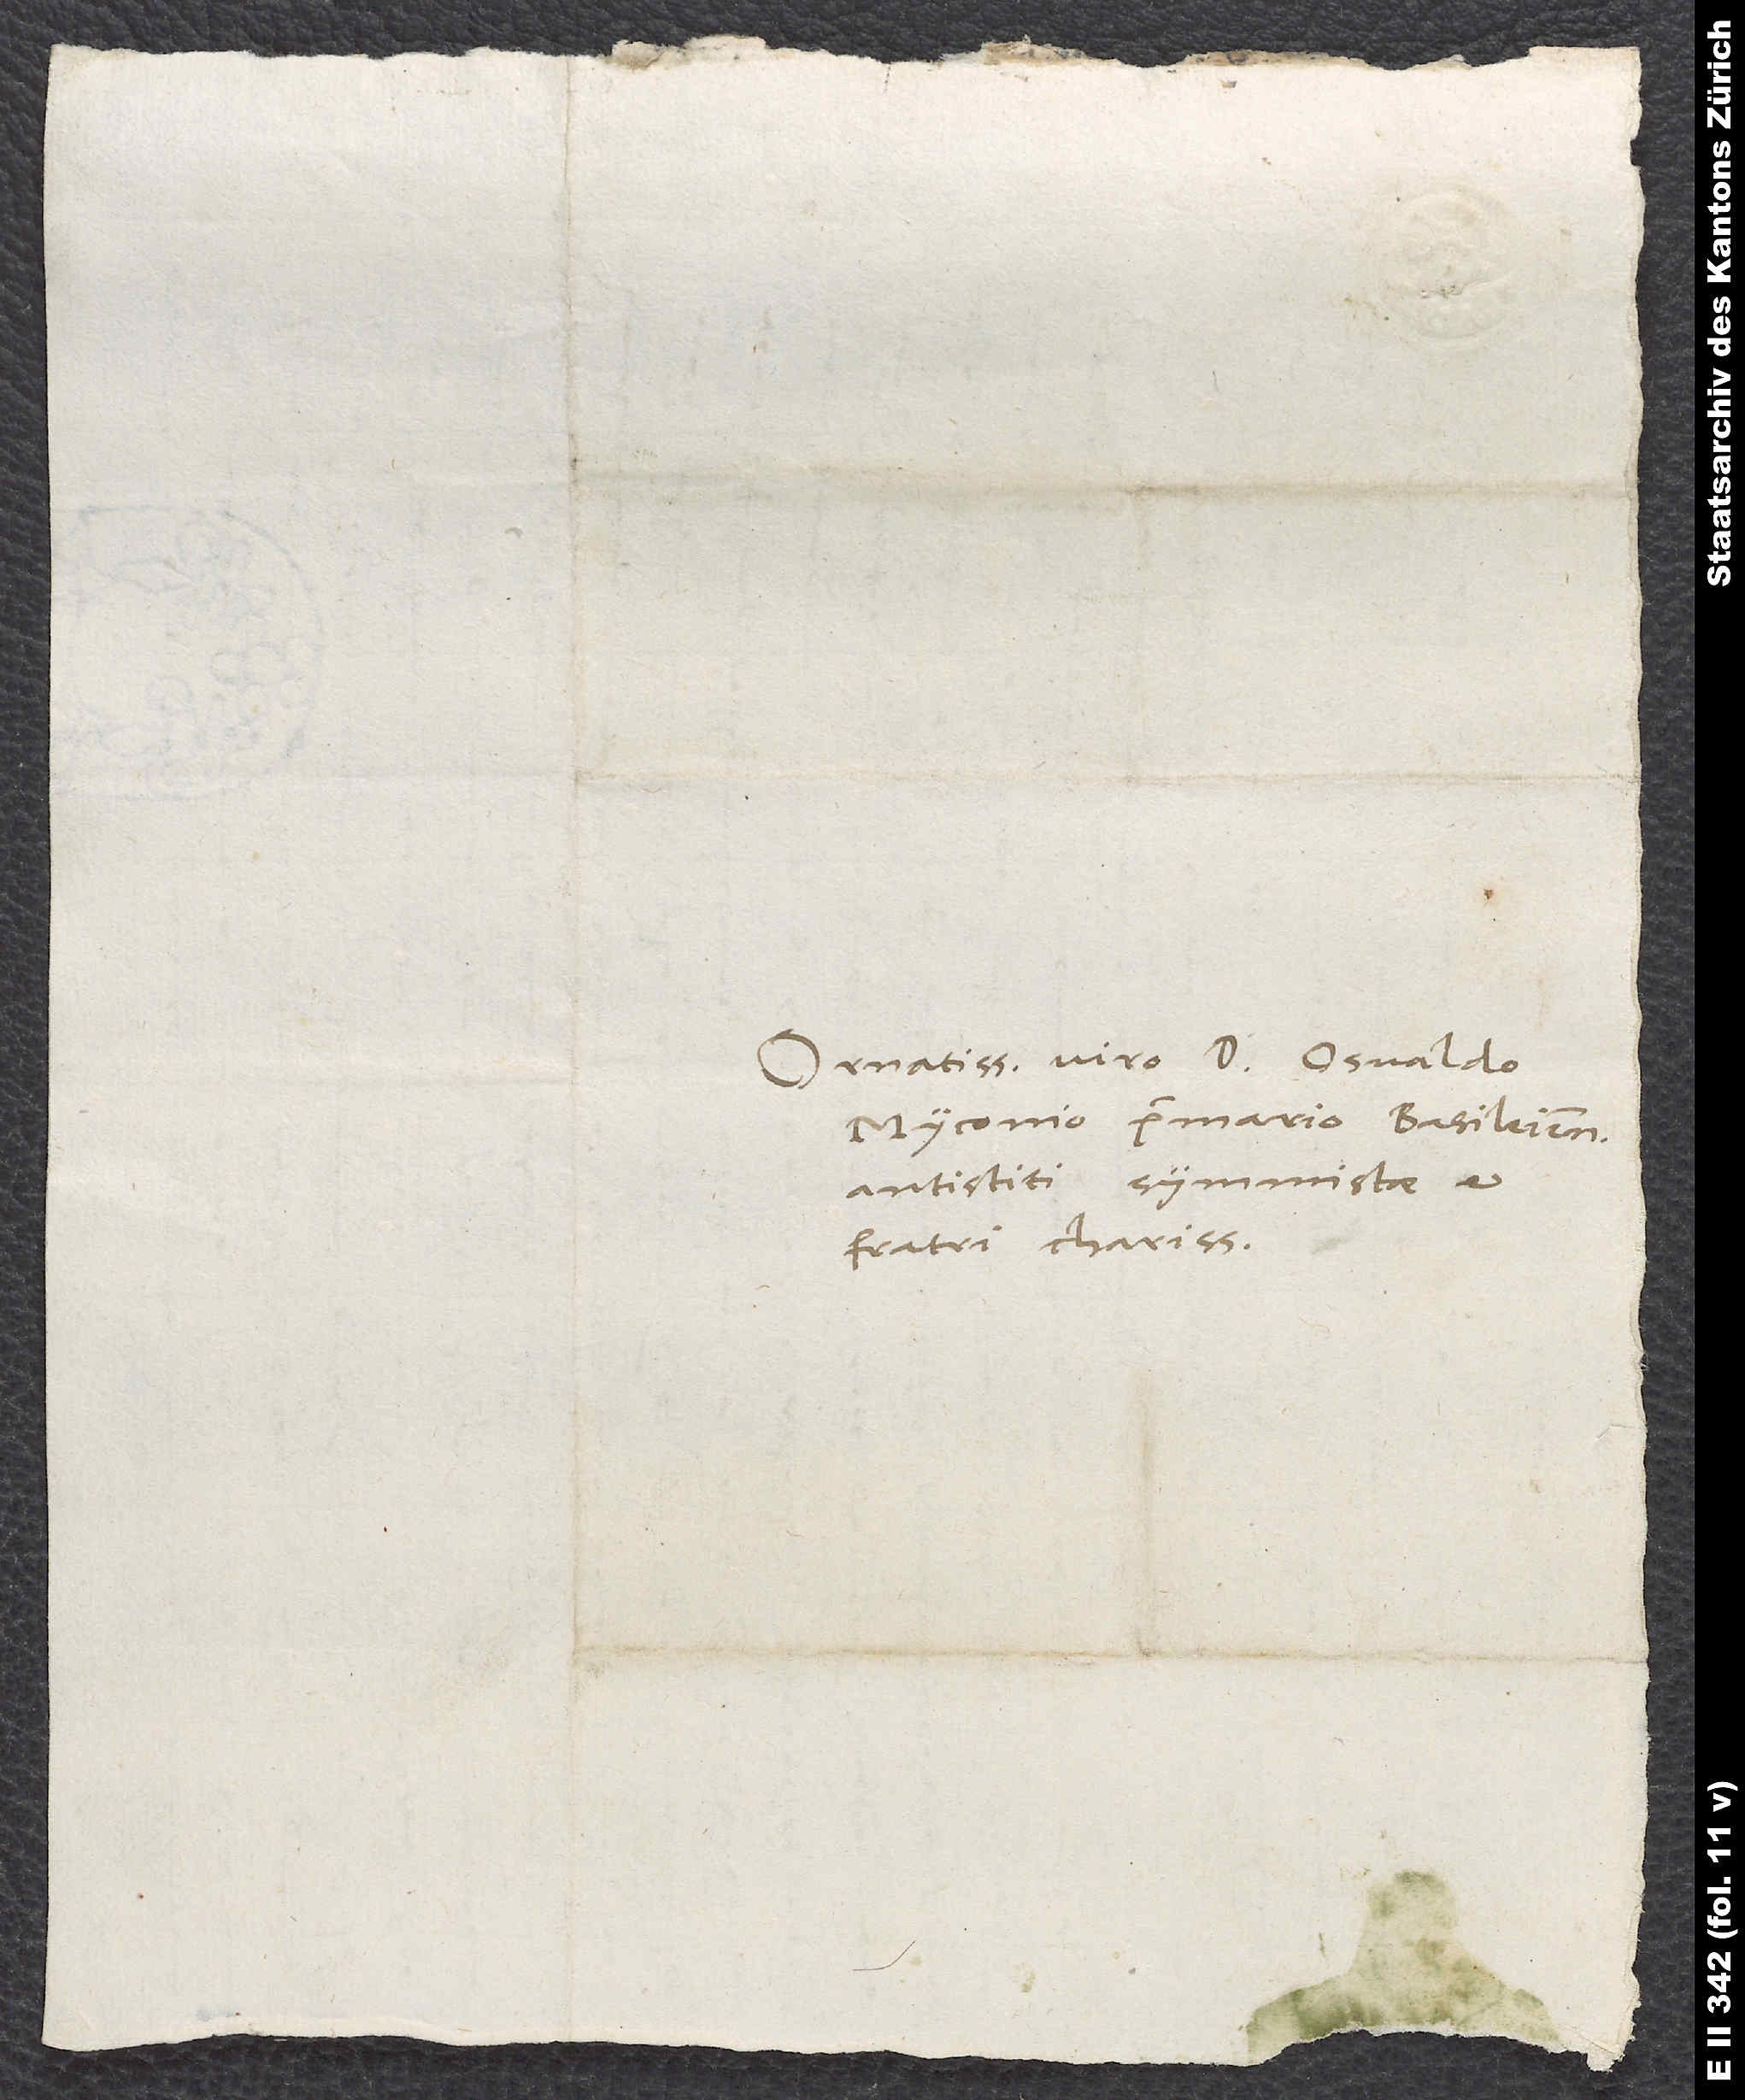
Ornatissimo viro d. Osvaldo
Myconio, primario Basileiensium
antistiti, symmistae et
fratri charissimo.